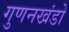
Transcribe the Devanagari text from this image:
गुणनखंडो